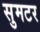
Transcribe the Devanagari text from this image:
सुमटर